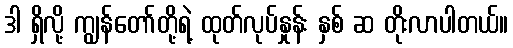
ဒါ ရှိလို့ ကျွန်တော်တို့ရဲ့ ထုတ်လုပ်နှုန်း နှစ် ဆ တိုးလာပါတယ်။